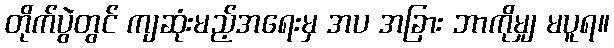
တိုက်ပွဲတွင် ကျဆုံးမည့်အရေးမှ အပ အခြား ဘာကိုမျှ မပူရ။